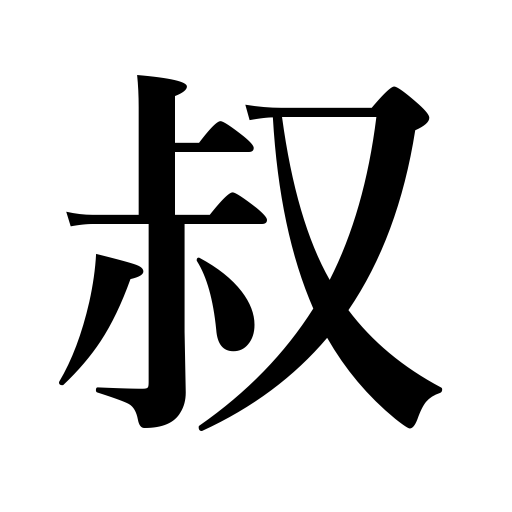
Meanings: youth,uncle